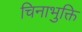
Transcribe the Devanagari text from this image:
चिनाभुक्ति